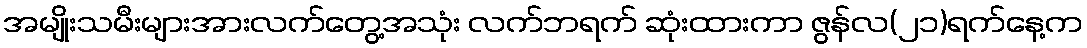
အမျိုးသမီးများအားလက်တွေ့အသုံး လက်ဘရက် ဆုံးထားကာ ဇွန်လ(၂၁)ရက်နေ့က